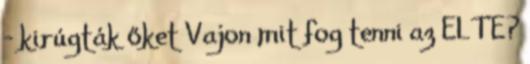
- kirúgták őket Vajon mit fog tenni az ELTE?